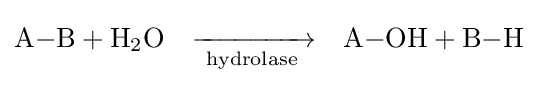
{\ce {A-B + H2O}}\quad {\xrightarrow[{\text{ hydrolase }}]{}}\quad {\ce {A-OH + B-H}}